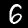
Label: 6